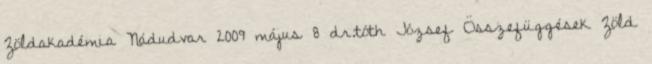
Zöldakadémia Nádudvar 2009 május 8 dr.tóth József Összefüggések Zöld